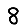
Digit: 8